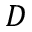
D